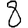
Digit: 8